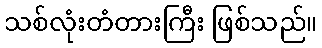
သစ်လုံးတံတားကြီး ဖြစ်သည်။